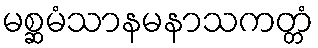
မစ္ဆမံသာနမနာသကတ္တံ